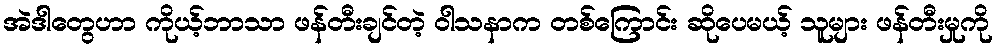
အဲဒါတွေဟာ ကိုယ့်ဘာသာ ဖန်တီးချင်တဲ့ ဝါသနာက တစ်ကြောင်း ဆိုပေမယ့် သူများ ဖန်တီးမှုကို